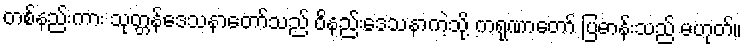
တစ်နည်းကား သုတ္တန်ဒေသနာတော်သည် ဝိနည်းဒေသနာကဲ့သို့ ကရုဏာတော် ပြဓာန်းသည် မဟုတ်။